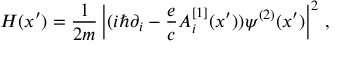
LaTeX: { \cal H } ( x { ' } ) = { \frac { 1 } { 2 m } } \left| ( i \hbar \partial _ { i } - { \frac { e } { c } } A _ { i } ^ { [ 1 ] } ( x { ' } ) ) \psi ^ { ( 2 ) } ( x { ' } ) \right| ^ { 2 } \, ,